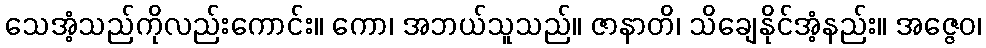
သေအံ့သည်ကိုလည်းကောင်း။ ကော၊ အဘယ်သူသည်။ ဇာနာတိ၊ သိချေနိုင်အံ့နည်း။ အဇ္ဇေဝ၊